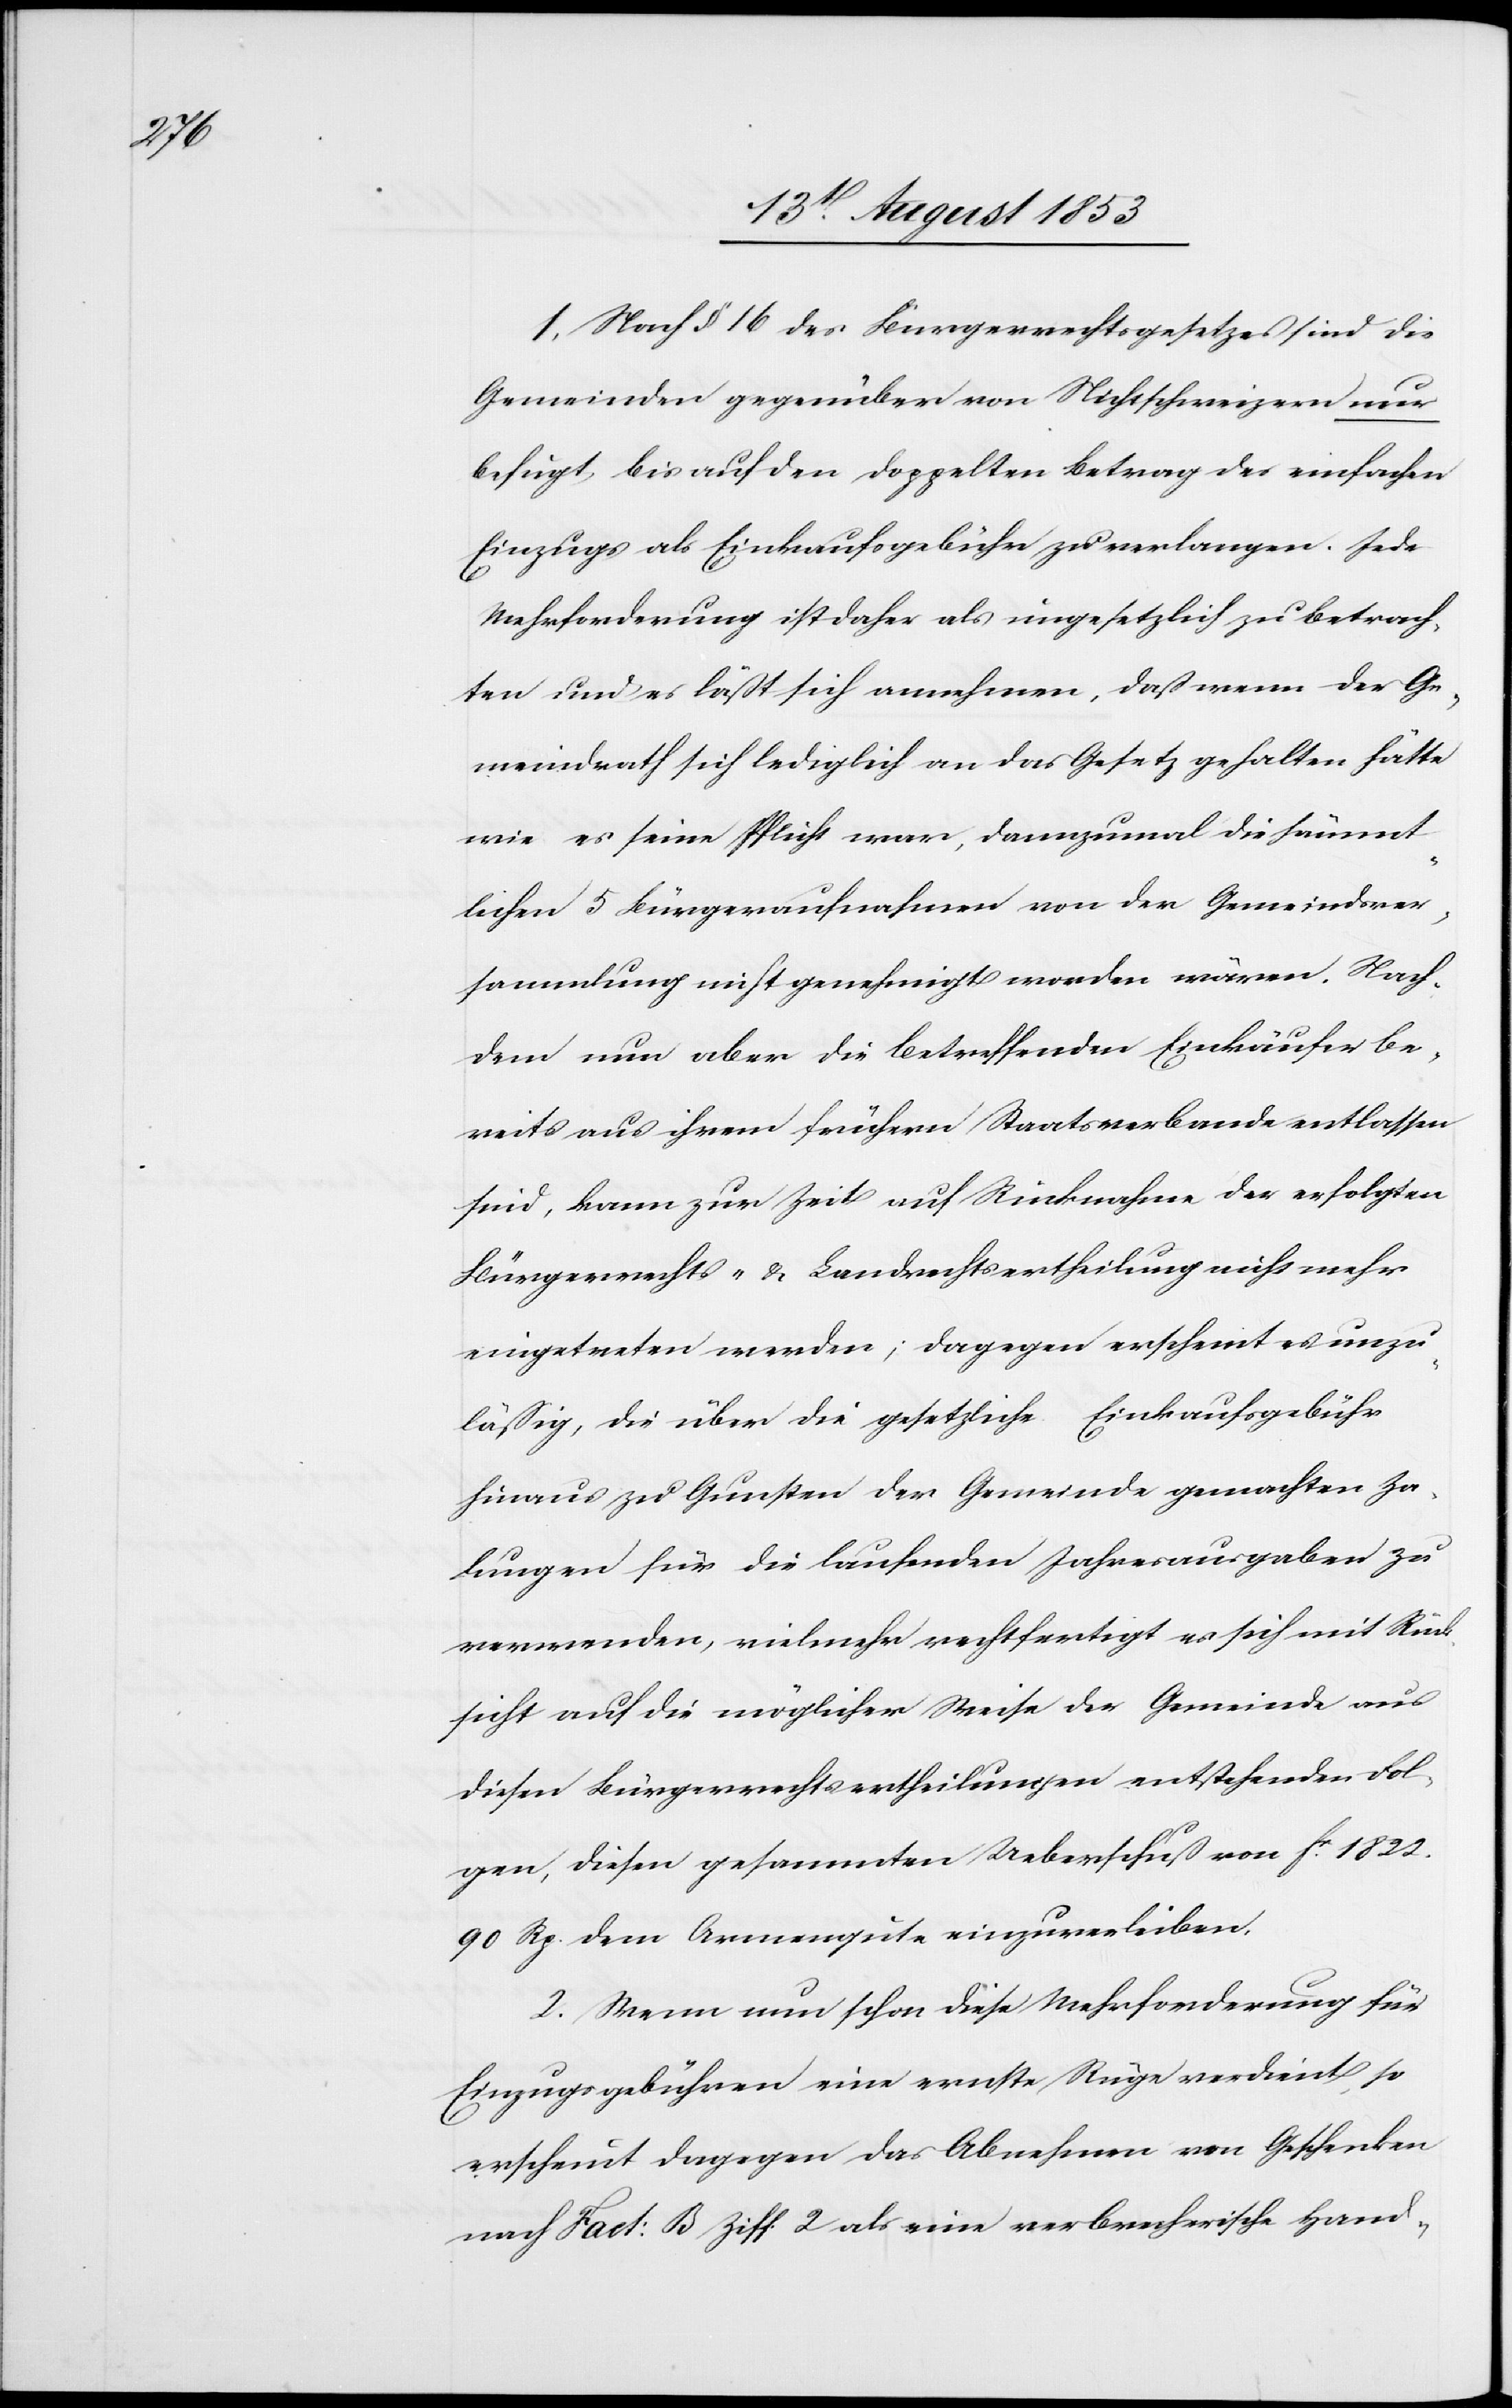
1, Nach § 16 des Bürgerrechtsgesetzes sind die
Gemeinden gegenüber von Nichtschweizern nur
befugt, bis auf den doppelten Betrag des einfachen
Einzugs als Einkaufsgebühr zu verlangen. Jede
Mehrforderung ist daher als ungesetzlich zu betrach¬
ten und es läßt sich annehmen, daß wenn der Ge¬
meindrath sich lediglich an das Gesetz gehalten hätte
wie es seine Pflicht war, dannzumal die sämmt¬
lichen 5 Bürgeraufnahmen von der Gemeindsver¬
sammlung nicht genehmigt worden wären. Nach¬
dem nun aber die betreffenden Einkäufer be¬
reits aus ihrem frühern Staatsverbande entlassen
sind, kann zur Zeit auf Rücknahme der erfolgten
Bürgerrechts- u. Landrechtsertheilung nicht mehr
eingetreten werden; dagegen erscheint es unzu¬
läßig, die über die gesetzliche Einkaufsgebühr
hinaus zu Gunsten der Gemeinde gemachten Za¬
hlungen für die laufenden Jahresausgaben zu
verwenden, vielmehr rechtfertigt es sich mit Rück¬
sicht auf die möglicher Weise der Gemeinde aus
diesen Bürgerrechtsertheilungen entstehenden Fol¬
gen, diesen gesammten Ueberfluß von fc 1822.
90 Rp. dem Armenhause einzuverleiben.
2, wenn nun schon diese Mehrforderung für
Einzugsgebühren eine ernste Rüge verdient, so
erscheint dagegen das Abnehmen von Geschenken
nach Fact: B Ziff. 2 als eine verbrecherische Hand-